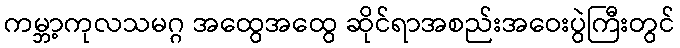
ကမ္ဘာ့ကုလသမဂ္ဂ အထွေအထွေ ဆိုင်ရာအစည်းအဝေးပွဲကြီးတွင်